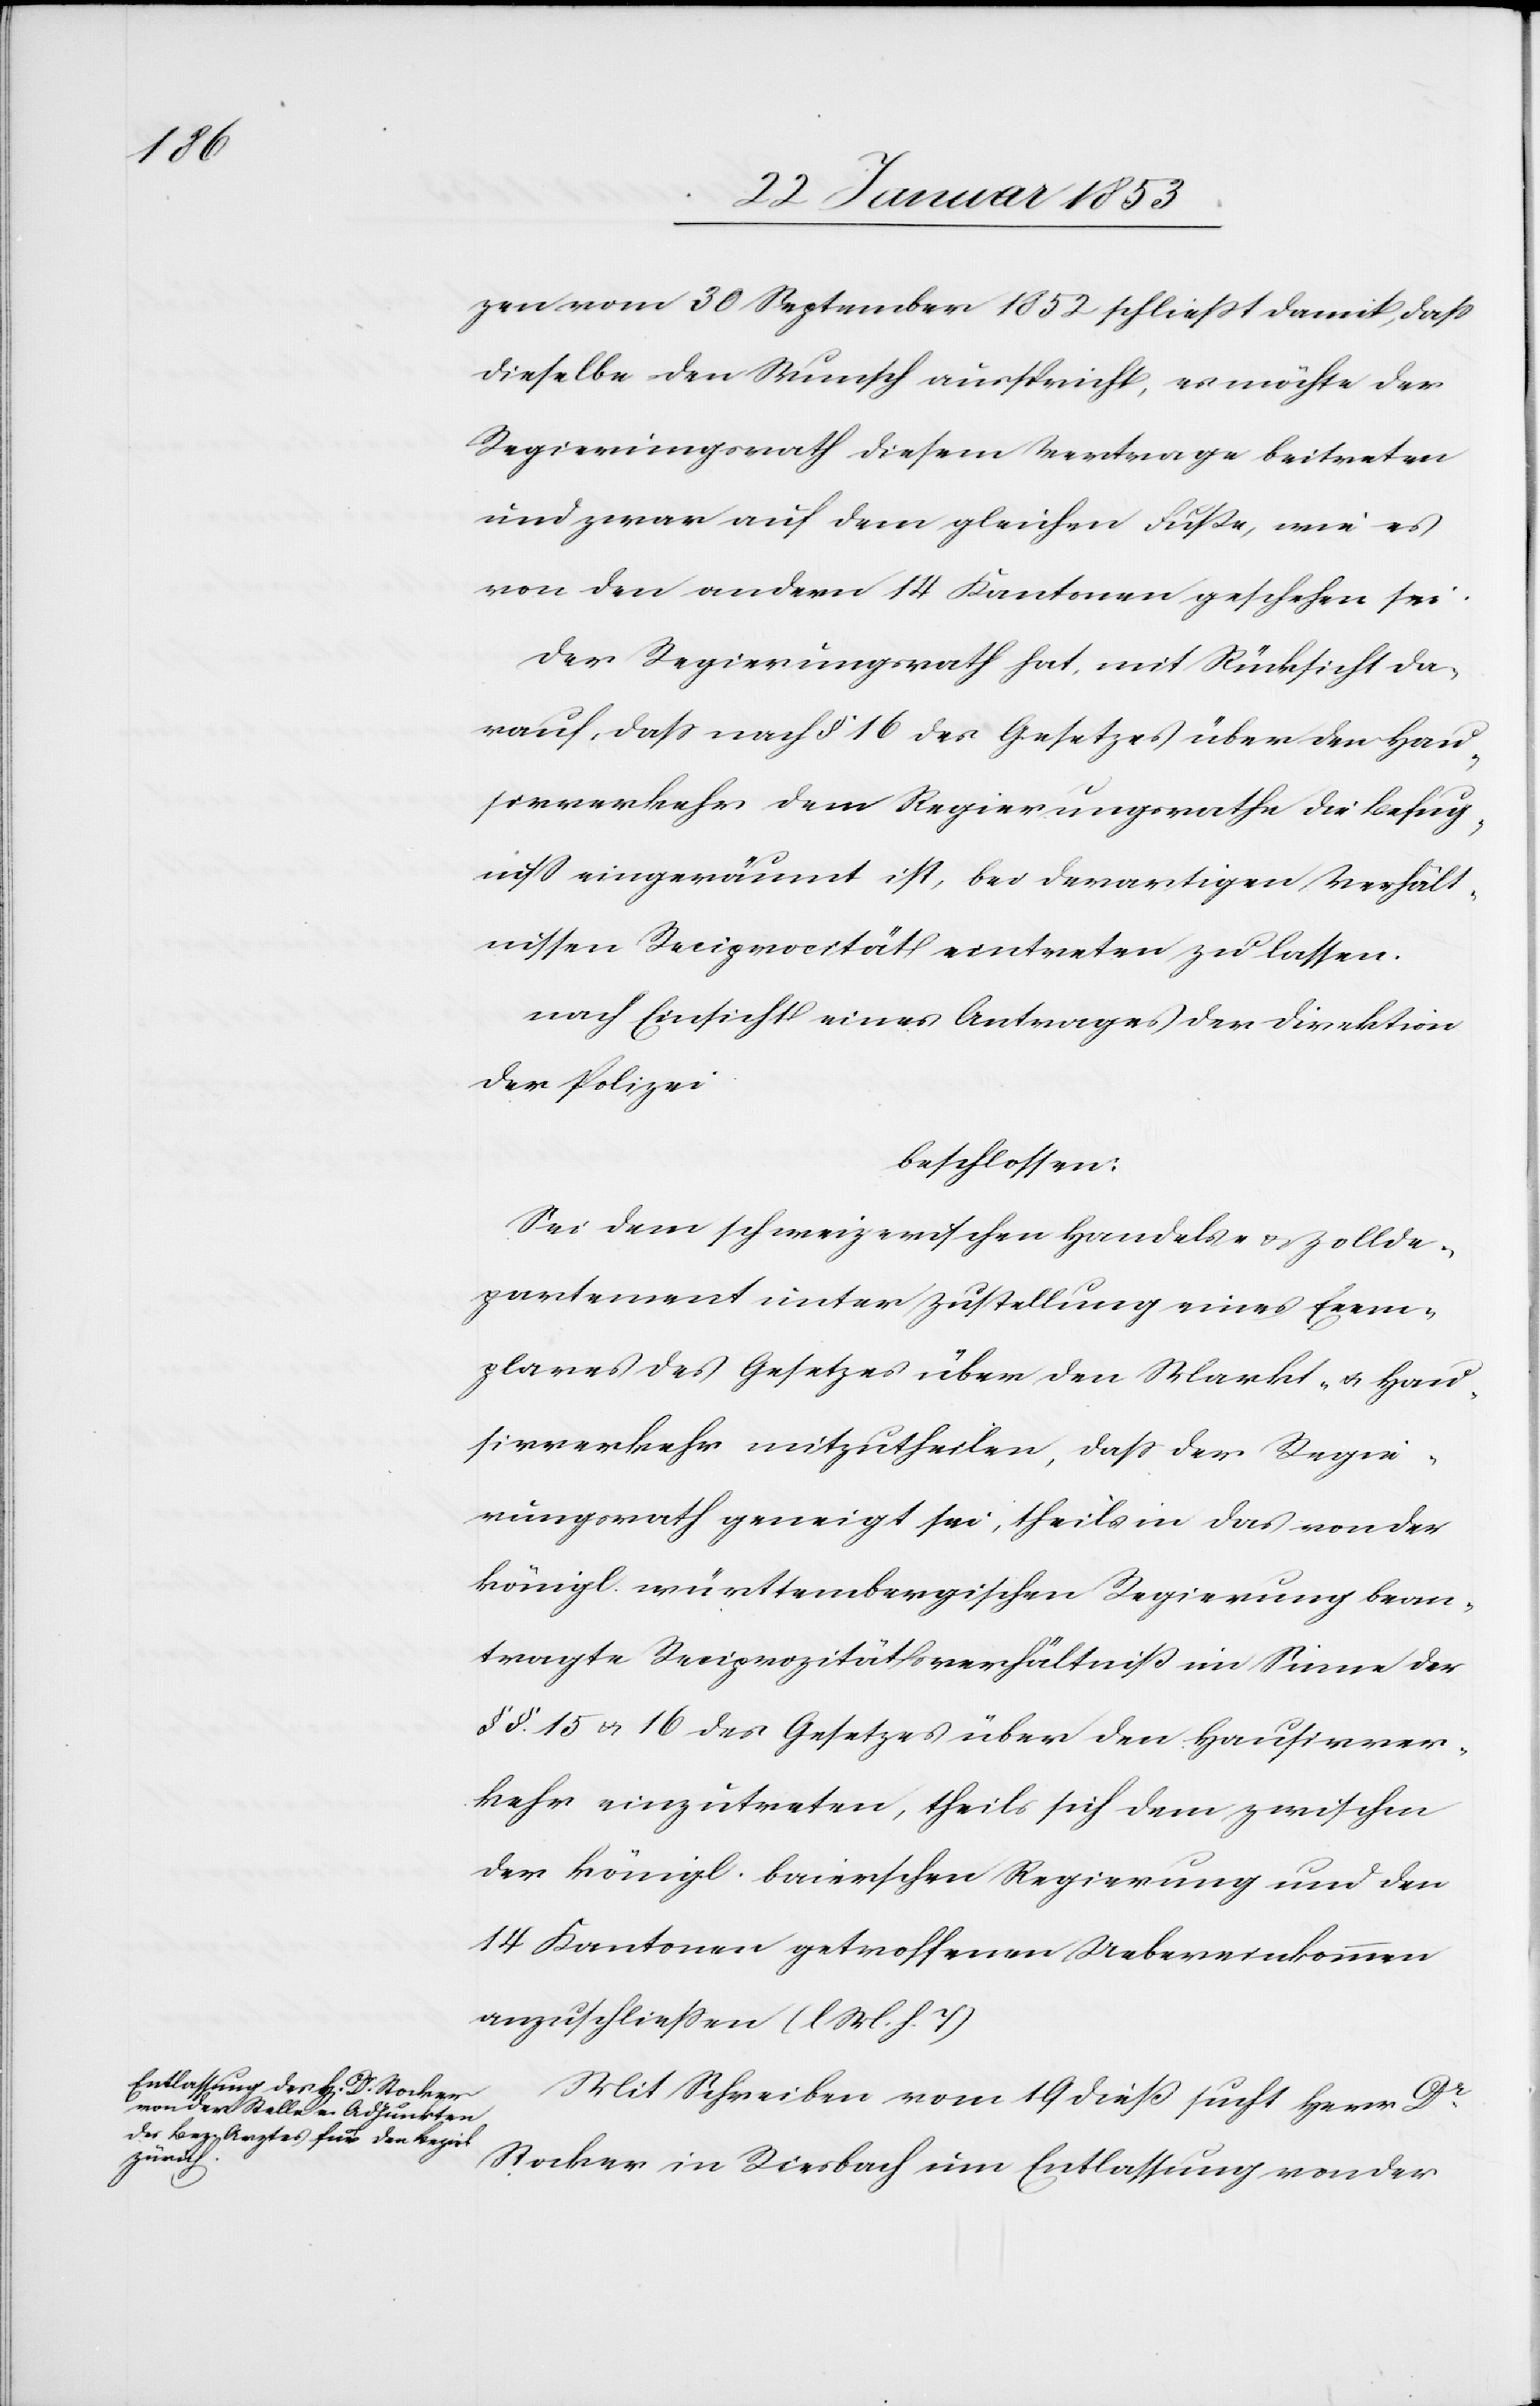
zen vom 30 September 1852 schließt damit, daß
dieselbe den Wunsch anspricht, es möchte der
Regierungsrath diesem Vertrage beitreten
und zwar auf dem gleichen Fuße, wie es
von den andern 14 Kantonen geschehen sei.
Der Regierungsrath hat, mit Rücksicht da¬
rauf, daß nach § 16 des Gesetzes über den Hau¬
sierverkehr dem Regierungsrathe die Befug¬
niß eingeräumt ist, bei derartigen Verhält¬
nissen Reciprocität eintreten zu lassen.
nach Einsicht eines Antrages der Direktion
der Polizei
beschlossen:
Sei dem schweizerischen Handels- u. Zollde¬
partement unter Zustellung eines Exem¬
plares des Gesetzes über den Markt- u. Hau¬
sierverkehr mitzutheilen, daß der Regie¬
rungsrath geneigt sei, theils in das von der
königl. württembergischen Regierung bean¬
tragte Reciprocitätsverhältniß im Sinne der
§§ 15 u. 16 des Gesetzes über den Hausierver¬
kehr einzutreten, theils sich dem zwischen
der königl. baierischen Regierung und den
14 Kantonen getroffenen Uebereinkommen
anzuschließen [l. M. h. T]
Mit Schreiben vom 19 dieß sucht Herr Dr.
Stocker in Riesbach um Entlaßung von der